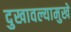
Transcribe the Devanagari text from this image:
दुखावल्यामुखे